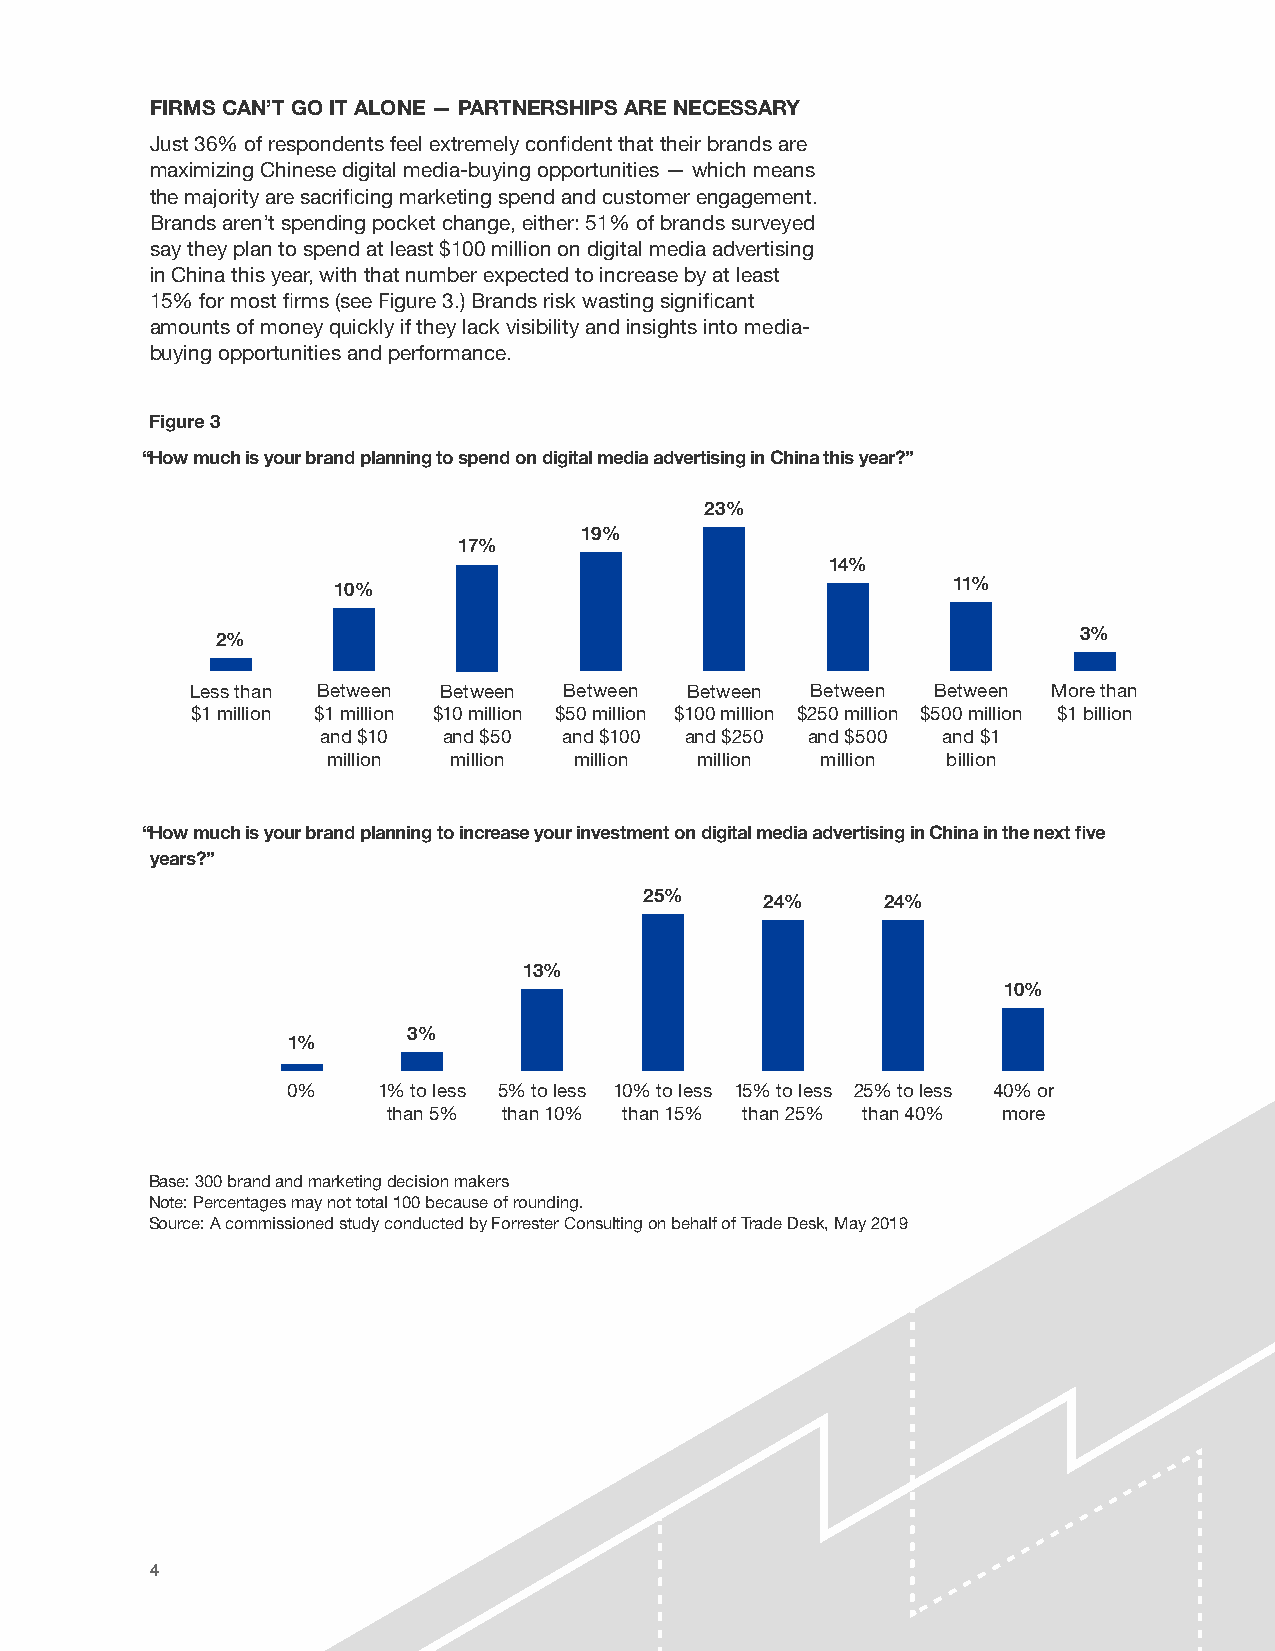
FIRMS CAN’T GO IT ALONE — PARTNERSHIPS ARE NECESSARY
 Just 36% of respondents feel extremely confident that their brands are
 maximizing Chinese digital media-buying opportunities — which means
 the majority are sacrificing marketing spend and customer engagement.
 Brands aren’t spending pocket change, either: 51% of brands surveyed
 say they plan to spend at least $100 million on digital media advertising
 in China this year, with that number expected to increase by at least
 15% for most firms (see Figure 3.) Brands risk wasting significant
 amounts of money quickly if they lack visibility and insights into media-
 buying opportunities and performance.
 Figure 3
 Full page
 “How much is your brand planning to spend on digital media advertising in China this year?”
 23%
 19%
 17%
 14%
 10%                                      11%
 2%                                                        3%
 Less than Between Between Between Between Between Between More than
 $1 million $1 million $10 million $50 million $100 million $250 million $500 million $1 billion
 and $10 and $50 and $100 and $250 and $500 and $1
 million million million million million  billion
 Maximum Height
 “How much is your brand planning to increase your investment on digital media advertising in China in the next five
 years?”
 25%     24%    24%
 13%
 10%
 3%
 1%
 0%    1% to less 5% to less 10% to less 15% to less 25% to less 40% or
 1/2 page
 than 5% than 10% than 15% than 25% than 40% more
 Base: 300 brand and marketing decision makers
 Note: Percentages may not total 100 because of rounding.
 Source: A commissioned study conducted by Forrester Consulting on behalf of Trade Desk, May 2019
 Minimum Height
 4